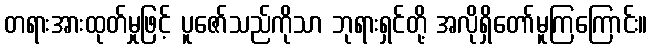
တရားအားထုတ်မှုဖြင့် ပူဇော်သည်ကိုသာ ဘုရားရှင်တို့ အလိုရှိတော်မူကြကြောင်း။